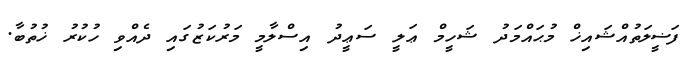
ފަޟީލަތުއްޝައިޚް މުޙައްމަދު ޝަހީމް ޢަލީ ސަޢީދު އިސްލާމީ މަރުކަޒުގައި ދެއްވި ހުކުރު ޚުތުބާ.